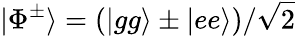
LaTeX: |\Phi^{\pm}\rangle=(|gg\rangle\pm|ee\rangle)/\sqrt{2}